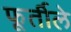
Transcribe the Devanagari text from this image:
फूर्तीले